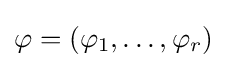
\varphi =(\varphi _{1},\ldots ,\varphi _{r})